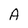
Character: A